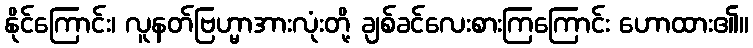
နိုင်ကြောင်း၊ လူနတ်ဗြဟ္မာအားလုံးတို့ ချစ်ခင်လေးစားကြကြောင်း ဟောထား၏။